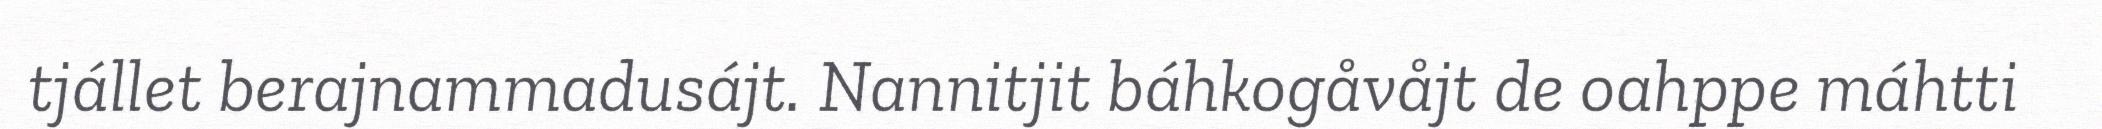
tjállet berajnammadusájt. Nannitjit báhkogåvåjt de oahppe máhtti